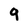
Character: 9